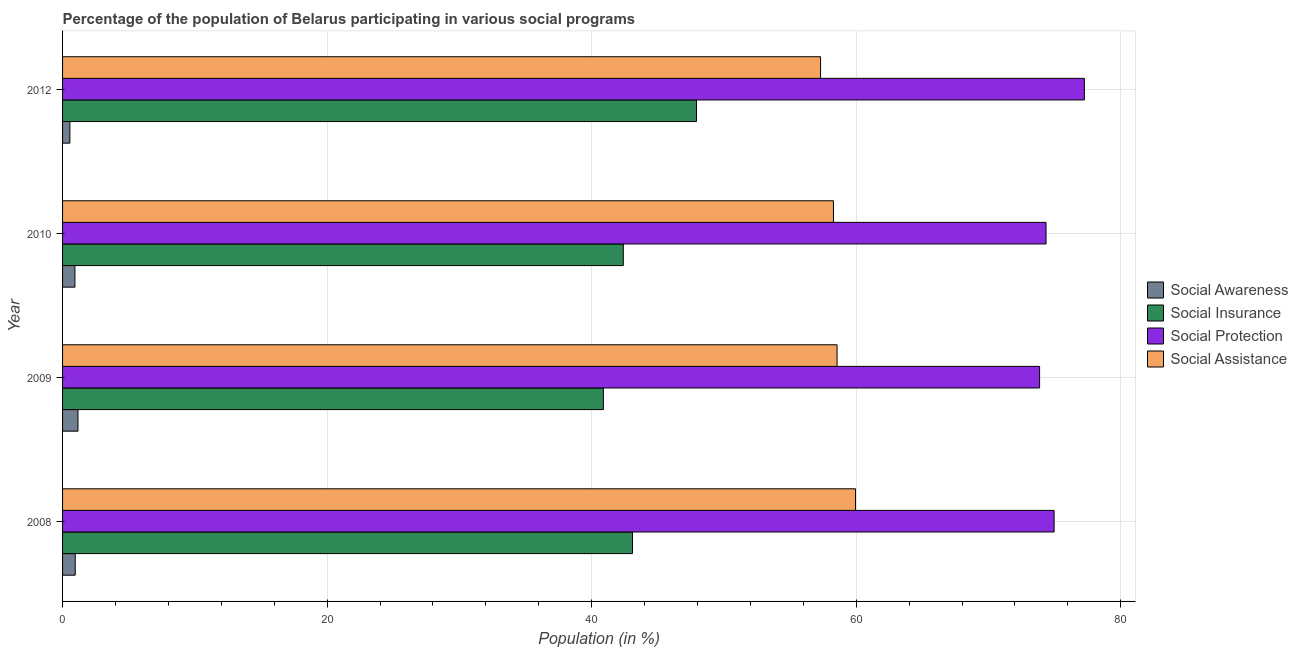
| Year | Social Awareness | Social Insurance | Social Protection | Social Assistance |
 | --- | --- | --- | --- | --- |
 | 2008 | 0.957 | 43.1 | 75 | 59.9 |
 | 2009 | 1.17 | 40.9 | 73.9 | 58.6 |
 | 2010 | 0.934 | 42.4 | 74.4 | 58.3 |
 | 2012 | 0.553 | 47.9 | 77.2 | 57.3 |